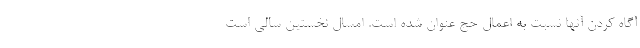
آگاه کردن آنها نسبت به اعمال حج عنوان شده است. امسال نخستین سالی است